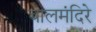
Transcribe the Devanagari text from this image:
बालमंदिरे